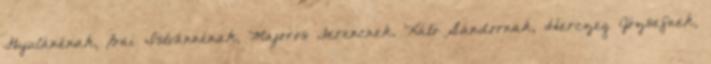
Gyulánénak, Bai Istvánnénak, Majoros Ferencnek, Kátó Sándornak, Herczeg Józsefnek,